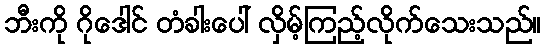
ဘီးကို ဂိုဒေါင် တံခါးပေါ် လှိမ့်ကြည့်လိုက်သေးသည်။